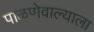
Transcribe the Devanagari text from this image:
पाळणेवाल्याला